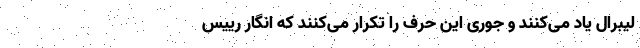
لیبرال یاد می‌کنند و جوری این حرف را تکرار می‌کنند که انگار رییس